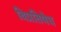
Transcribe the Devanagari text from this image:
विप्रतिषेध